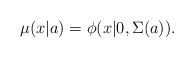
\begin{align*}\mu(x|a)=\phi(x|0,\Sigma(a)).\end{align*}